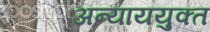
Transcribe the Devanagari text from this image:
अन्याययुक्त